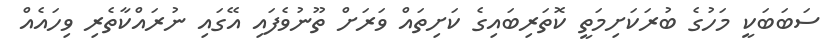
ސަބަބަކީ މަހުގެ ބުރަކަށިމަތީ ކޮތަރިބައިގެ ކަށިތައް ވަރަށް ތޫނުވެފައި އޭގައި ނުރައްކާތެރި ވިހައެއް